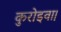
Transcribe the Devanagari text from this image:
कुरोइवा।